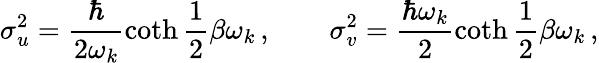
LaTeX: \sigma_{u}^{2}=\frac{\hbar}{2\omega_{k}}\coth\frac 12\beta\omega_{k}\, ,\qquad\sigma_{v}^{2}=\frac{\hbar\omega_{k}}{2}\coth\frac 12\beta\omega_{k}\, ,